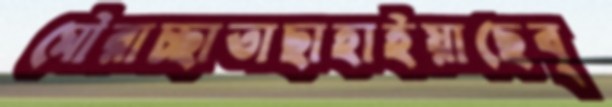
মৌরাচ্ছাতাছাহাইয়াছেব্